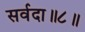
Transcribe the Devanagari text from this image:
सर्वदा॥८॥